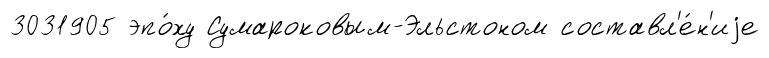
3031905 эпо́ху Сумароковым-Эльстоном составл'е́н'иjе